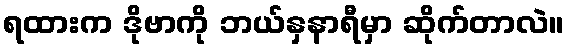
ရထားက ဒိုဗာကို ဘယ်နှနာရီမှာ ဆိုက်တာလဲ။